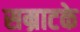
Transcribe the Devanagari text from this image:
सम्राटके